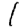
Digit: 1